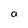
Character: a